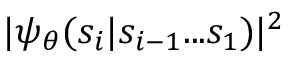
| \psi _ { \boldsymbol \theta } ( s _ { i } | s _ { i - 1 } . . . s _ { 1 } ) | ^ { 2 }